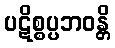
ပဋိစ္စပ္ပဘဝန္တိ